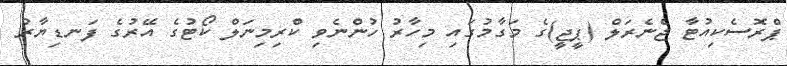
ޕްރޮސެކިއުޓާ ޖެނެރަލް (ޕީޖީ)ގެ މަގާމުގައި މިހާރު ހުންނެވި ކްރިމިނަލް ކޯޓުގެ އޭރުގެ ފަނޑިޔާރު